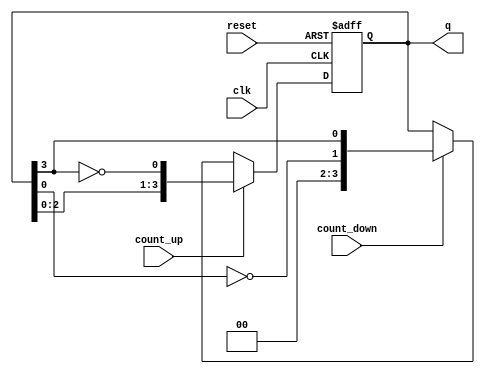
module bidirectional_johnson_counter (
    input wire clk,          // Clock signal
    input wire reset,        // Asynchronous reset
    input wire count_up,     // Count Up control signal
    input wire count_down,   // Count Down control signal
    output reg [N-1:0] q     // Counter output
);
    parameter N = 4; // Number of flip-flops (adjust as needed)

    // Internal state variable
    reg [N-1:0] state;

    always @(posedge clk or posedge reset) begin
        if (reset) begin
            // Asynchronous reset
            state <= 0;
        end else if (count_up) begin
            // Counting Up (Johnson sequence)
            state <= {state[N-2:0], ~state[N-1]};
        end else if (count_down) begin
            // Counting Down (reverse Johnson sequence)
            state <= {~state[0], state[N-1:N-1]}; // Adjust feedback for counting down
        end
    end

    // Assign the state to output
    always @(*) begin
        q = state;
    end

endmodule